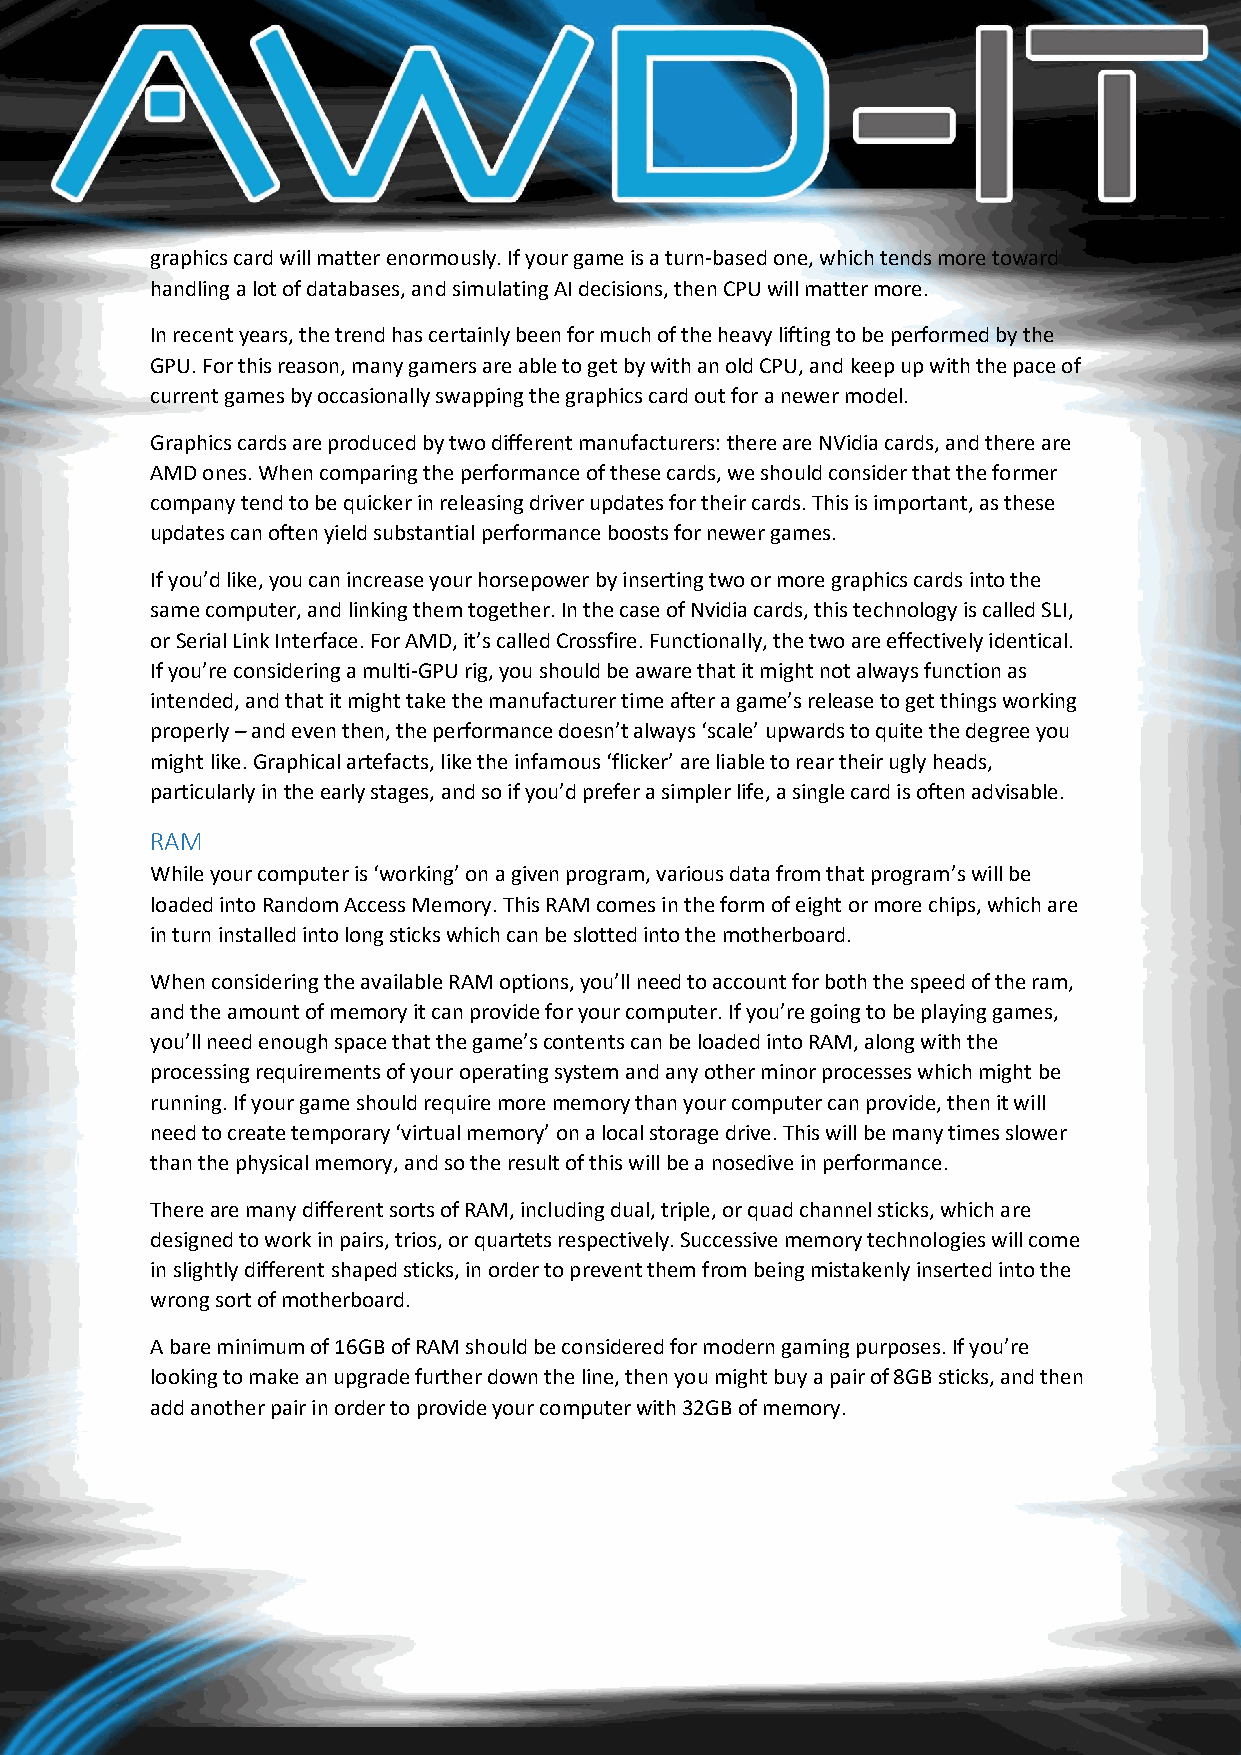
graphics card will matter enormously. If your game is a turn-based one, which tends more toward
 handling a lot of databases, and simulating AI decisions, then CPU will matter more.
 In recent years, the trend has certainly been for much of the heavy lifting to be performed by the
 GPU. For this reason, many gamers are able to get by with an old CPU, and keep up with the pace of
 current games by occasionally swapping the graphics card out for a newer model.
 Graphics cards are produced by two different manufacturers: there are NVidia cards, and there are
 AMD ones. When comparing the performance of these cards, we should consider that the former
 company tend to be quicker in releasing driver updates for their cards. This is important, as these
 updates can often yield substantial performance boosts for newer games.
 If you’d like, you can increase your horsepower by inserting two or more graphics cards into the
 same computer, and linking them together. In the case of Nvidia cards, this technology is called SLI,
 or Serial Link Interface. For AMD, it’s called Crossfire. Functionally, the two are effectively identical.
 If you’re considering a multi-GPU rig, you should be aware that it might not always function as
 intended, and that it might take the manufacturer time after a game’s release to get things working
 properly – and even then, the performance doesn’t always ‘scale’ upwards to quite the degree you
 might like. Graphical artefacts, like the infamous ‘flicker’ are liable to rear their ugly heads,
 particularly in the early stages, and so if you’d prefer a simpler life, a single card is often advisable.
 RAM
 While your computer is ‘working’ on a given program, various data from that program’s will be
 loaded into Random Access Memory. This RAM comes in the form of eight or more chips, which are
 in turn installed into long sticks which can be slotted into the motherboard.
 When considering the available RAM options, you’ll need to account for both the speed of the ram,
 and the amount of memory it can provide for your computer. If you’re going to be playing games,
 you’ll need enough space that the game’s contents can be loaded into RAM, along with the
 processing requirements of your operating system and any other minor processes which might be
 running. If your game should require more memory than your computer can provide, then it will
 need to create temporary ‘virtual memory’ on a local storage drive. This will be many times slower
 than the physical memory, and so the result of this will be a nosedive in performance.
 There are many different sorts of RAM, including dual, triple, or quad channel sticks, which are
 designed to work in pairs, trios, or quartets respectively. Successive memory technologies will come
 in slightly different shaped sticks, in order to prevent them from being mistakenly inserted into the
 wrong sort of motherboard.
 A bare minimum of 16GB of RAM should be considered for modern gaming purposes. If you’re
 looking to make an upgrade further down the line, then you might buy a pair of 8GB sticks, and then
 add another pair in order to provide your computer with 32GB of memory.